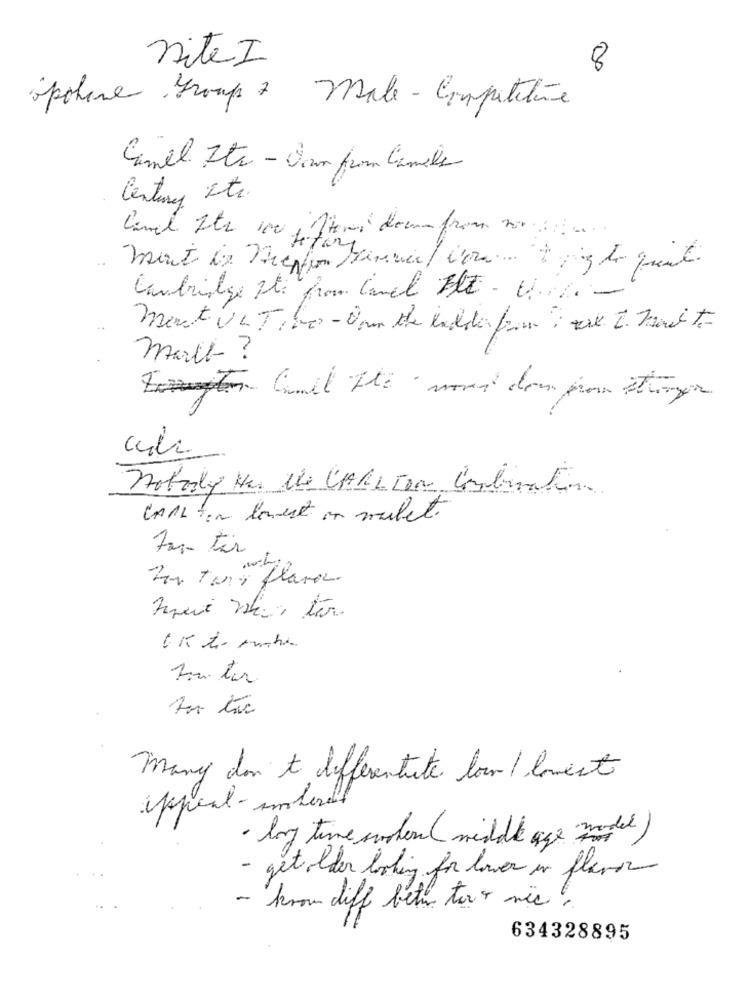
nite I
8
opchine Group + Male -Competitive
Camel Its - San from Camile
Century Its.
mant le Megafon Minner/ von ... ; gt quit
Cambridge pti from conel Ele - Ui%.
mart ULTI be - Dom the endde fri we 2. has to
march ?
cdda
Hotely Har the CARLTON Combination
CARL ten lowest on mulet.
For- tir
Por Ters flares.
Many don t diferentiate loun/ Coment
appeal-interelt
· long time sudden( middle age model )
- get older loking for lower in flavor
- krow diff beth toro wic.
634328895